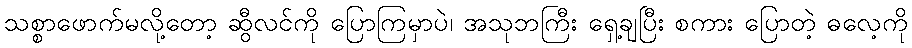
သစ္စာဖောက်မလို့တော့ ဆွီလင်ကို ပြောကြမှာပဲ၊ အသုဘကြီး ရှေ့ချပြီး စကား ပြောတဲ့ ဓလေ့ကို